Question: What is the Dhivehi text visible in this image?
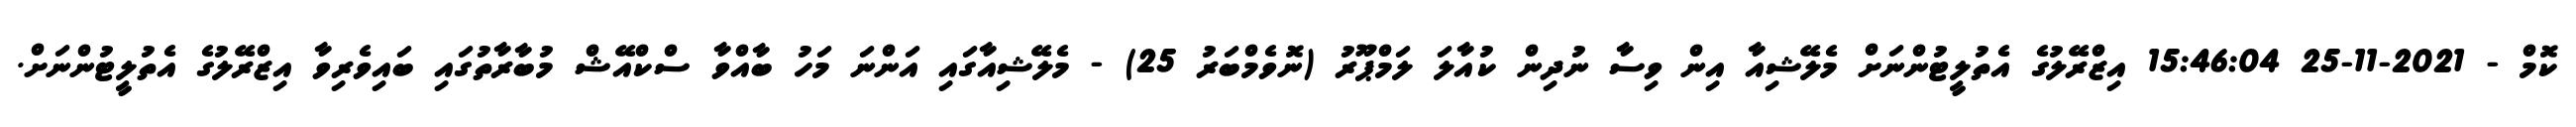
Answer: ކޮމް - 2021-11-25 15:46:04 އިޒްރޭލުގެ އެތުލީޓުންނަށް މެލޭޝިއާ އިން ވިސާ ނުދިން ކުއާލަ ލަމްޕޫރު (ނޮވެމްބަރު 25) - މެލޭޝިއާގައި އަންނަ މަހު ބާއްވާ ސްކްއޭޝް މުބާރާތުގައި ބައިވެރިވާ އިޒްރޭލުގެ އެތުލީޓުންނަށް.